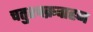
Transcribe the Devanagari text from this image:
चतुश्चक्रवाहन